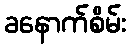
ခနောက်စိမ်း